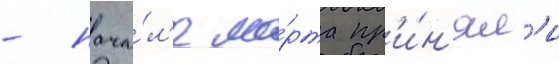
- нача́л'е ма́рта пр'и́н'ял'и